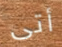
أتى